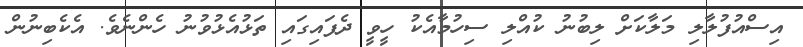
އިސްއުފުލާލި މަލާކަށް ލިބުނު ކުއްލި ސިހުމާއެކު ހީވީ ދެފައިގައި ތަޅުއެޅުވުނު ހެންނެވެ. އެކެބިނުން